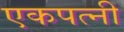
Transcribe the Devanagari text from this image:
एकपत्नी